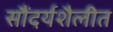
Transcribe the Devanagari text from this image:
सौंदर्यशैलीत